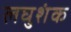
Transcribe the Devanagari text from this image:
लघुशंक